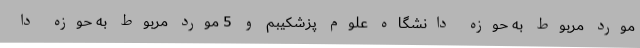
مورد مربوط به حوزه دانشگاه علوم پزشکیبم و 5 مورد مربوط به حوزه دا